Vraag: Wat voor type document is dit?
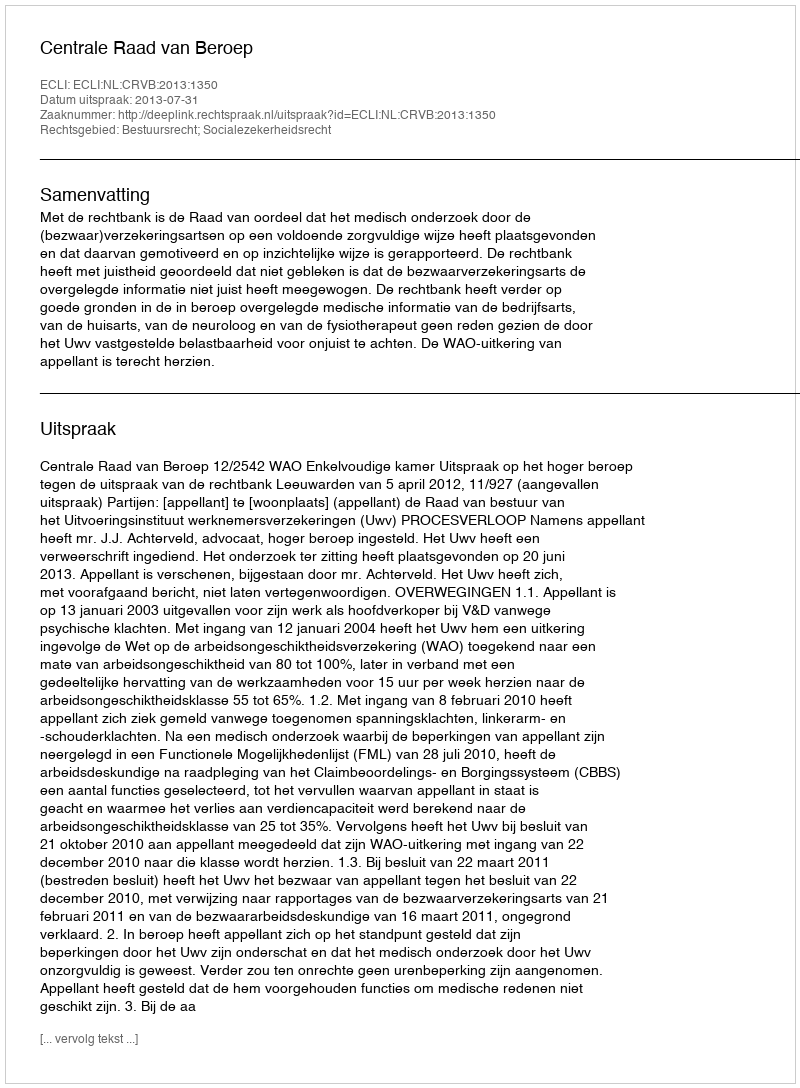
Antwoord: Uitspraak